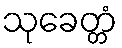
သုခေတ္တံ